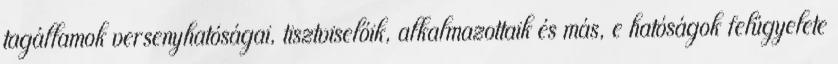
tagállamok versenyhatóságai, tisztviselőik, alkalmazottaik és más, e hatóságok felügyelete